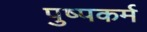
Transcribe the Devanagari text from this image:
पुष्पकर्म